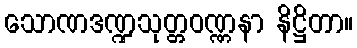
သောဏဒဏ္ဍသုတ္တဝဏ္ဏနာ နိဋ္ဌိတာ။